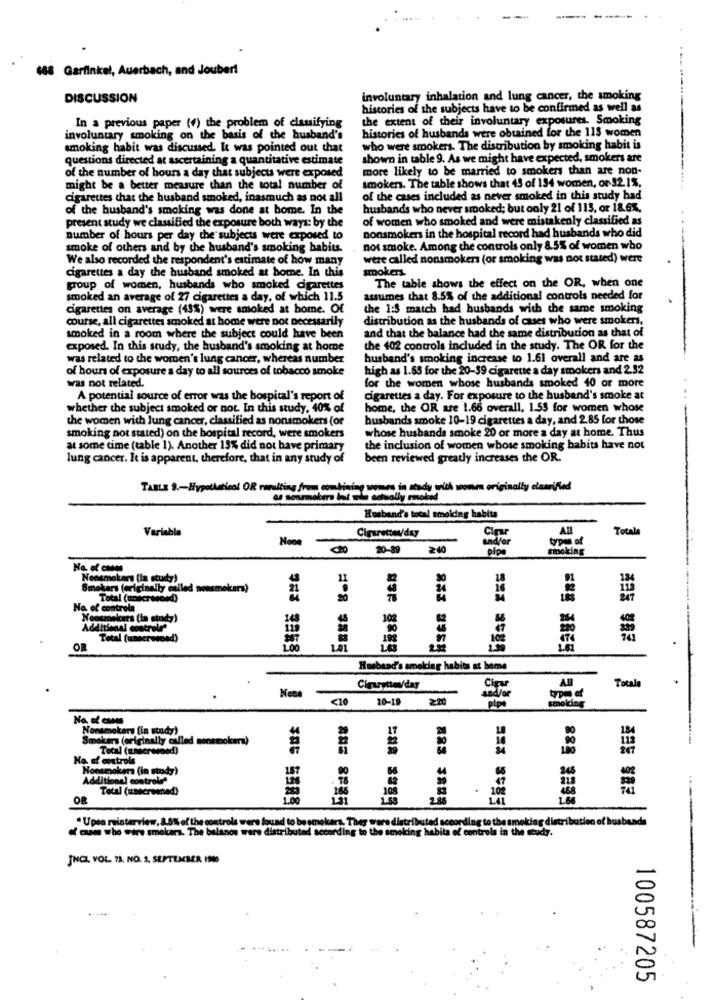
488 Garfinkel, Auerbach, and Joubert
DISCUSSION
involuntary inhalation and lung cancer, the smoking
histories of the subjects have to be confirmed as well as
the extent of their involuntary exposures. Smoking
In a previous paper (f) the problem of classifying
histories of husbands were obtained for the 113 women
involuntary smoking on the basis of the husband's
smoking habit was discussed. It was pointed out that
who were smokers. The distribution by smoking habit is
questions directed at ascertaining a quantitative estimate
shown in table 9. As we might have expected, smokers are
more likely to be married to smokers than are non-
of the number of hours a day that subjects were exposed
smokers. The table shows that 43 of 134 women, or 52.1%,
might be a better measure than the total number of
cigarettes that the husband smoked, inasmuch as not all
of the cases included as never smoked in this study had
of the husband's smoking was done at home. In the
husbands who never smoked; but only 21 of 113, or 18.6%,
of women who smoked and were mistakenly classified as
present study we classified the exposure both ways: by the
nonsmokers in the hospital record had husbands who did
number of hours per day the subjects were exposed to
smoke of others and by the husband's smoking habits.
not smoke. Among the controls only 8.5% of women who
We also recorded the respondent's estimate of how many
were called nonsmoker (or smoking was not stated) were
cigarettes a day the husband smoked at home. In this
smokers
group of women, husbands who smoked cigarettes
The table shows the effect on the OR, when one
smoked an average of 27 cigarettes a day, of which 11.5
assumes that 8.5% of the additional controls needed for
cigarettes on average (43%) were smoked at home. Of
the 1:5 match had husbands with the same smoking
course, all cigarettes smoked at home were not necessarily
distribution as the husbands of cases who were smokers,
smoked in a room where the subject could have been
and that the balance had the same distribution as that of
exposed. In this study, the husband's smoking at home
the 402 controls included in the study. The OR for the
was related to the women's lung cancer, whereas number
husband's smoking increase to 1.61 overall and are as
of hours of exposure a day to all sources of tobacco smoke
high as 1.65 for the 20-39 cigarette a day smokers and 2.52
for the women whose husbands smoked 40 or more
was not related.
A potential source of error was the hospital's report of
cigarettes a day. For exposure to the husband's smoke at
whether the subject smoked or not. In this study, 40% of
home, the OR are 1.66 overall, 1.53 for women whose
the women with lung cancer, classified as nonsmokers (or
husbands smoke 10-19 cigarettes a day, and 285 for those
whose husbands smoke 20 or more a day at home. Thus
smoking not stated) on the hospital record, were smokers
at some time (table 1). Another 15% did not have primary
the inclusion of women whose smoking habits have not
lung cancer. It is apparent, therefore, that in any study of
been reviewed greatly increases the OR.
TABLE 9 .- Hypothetical OR rarılting from combining womes in study with wonen originally clarified
as sourmakers lot sole actually smoked
Husband's total smoking habits
Variable
Cigarettes/day
Totale
types of
20-89
2.00
andvar
smoking
Nonsmokers (la study)
30
18
mokars (originally called nonsmokers)
Total (unscreened)
Na of controla
monicars (la study)
108
Additional controle
Total (unscreened)
OR
101
4º8 3885
Husband's smoking habita at home
Total
Clearstten/day
-
pipe
trond
<10 10-15
smoking
ESEE 588
Nonsmokers (in study)
17
Smokers (originally called nonsmokera)
Total (unseremed)
No. of controls
Nonsmokers (in study)
Additional controle'
Total (unscreened)
. 10
OR
$85 5585
2.30
LAL
. Upon reinterview, 8.5% of the controls were found to be smokers. They were distributed according to the smoking distribution of husbands
of case who were smokers. The bulanos ware distributed seco
ding
smoking
habita of cont
rola in the study.
JNCL VOL 13. NO. 3. SEPTEMBER 1906
100587205